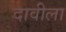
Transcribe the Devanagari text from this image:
दावीला